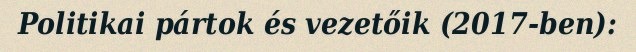
Politikai pártok és vezetőik (2017-ben):